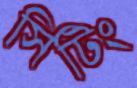
সিটিং